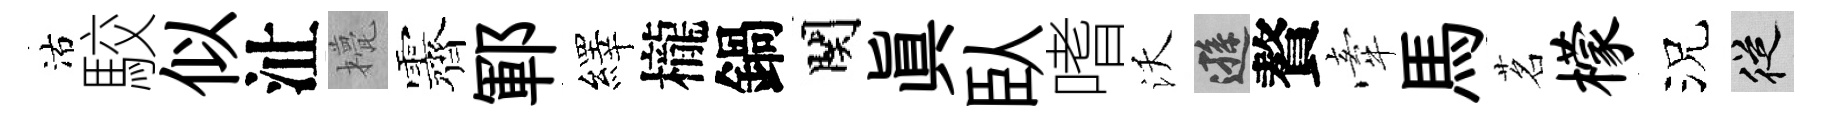
沽駮似沚甍露鄆繹櫳鍋関眞臥嗜沃遜贅牽馬茗檬況從